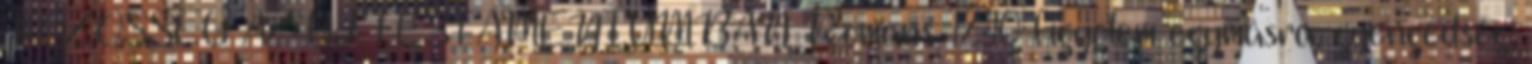
KÖZÖSSÉG AZ ÚJ TESTAMENTUMBAN Romans 12:10 figyelem egymásra, gyengédség,